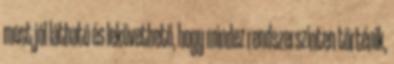
most jól látható és lekövethető, hogy mindez rendszerszinten történik,